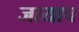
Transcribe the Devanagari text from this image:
जायाच